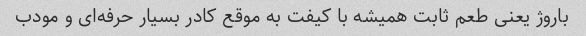
باروژ یعنی طعم ثابت همیشه با کیفت به موقع کادر بسیار حرفه‌ای و مودب